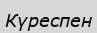
Күреспен